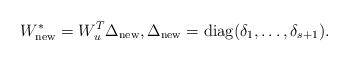
LaTeX: \begin{align*}W_\mathrm{new}^{*} = W_{u}^{T} \Delta_\mathrm{new}, \Delta_\mathrm{new} = \mathrm{diag}(\delta_1, \ldots, \delta_{s+1}).\end{align*}